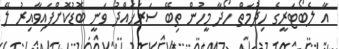
އާ ލެބޯޓަރީގެ ހިދުމަތް ހޯދާ މީހުން ތިބޭ ސަރަހައްދު ވަނީ ބޮޑުކޮށްފައިވާއިރު ލޭ